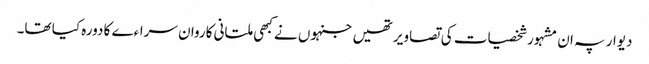
دیوار پہ ان مشہور شخصیات کی تصاویر تھیں جنہوں نے کبھی ملتانی کاروان سراءے کا دورہ کیا تھا۔